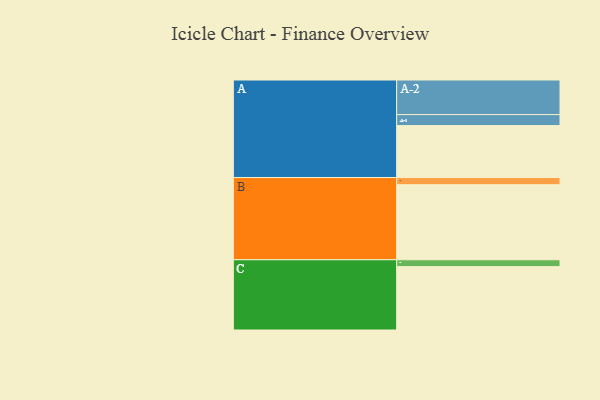
{"axis": {"x": "Segment", "y": "Value"}, "legend": ["", "A", "B", "C"], "data": [{"x": "A", "y": 386, "type": ""}, {"x": "B", "y": 558, "type": ""}, {"x": "C", "y": 471, "type": ""}, {"x": "A-1", "y": 82, "type": "A"}, {"x": "A-2", "y": 257, "type": "A"}, {"x": "B-1", "y": 53, "type": "B"}, {"x": "C-1", "y": 51, "type": "C"}]}